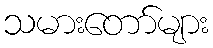
သမားတော်များ